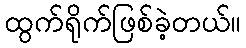
ထွက်ရိုက်ဖြစ်ခဲ့တယ်။